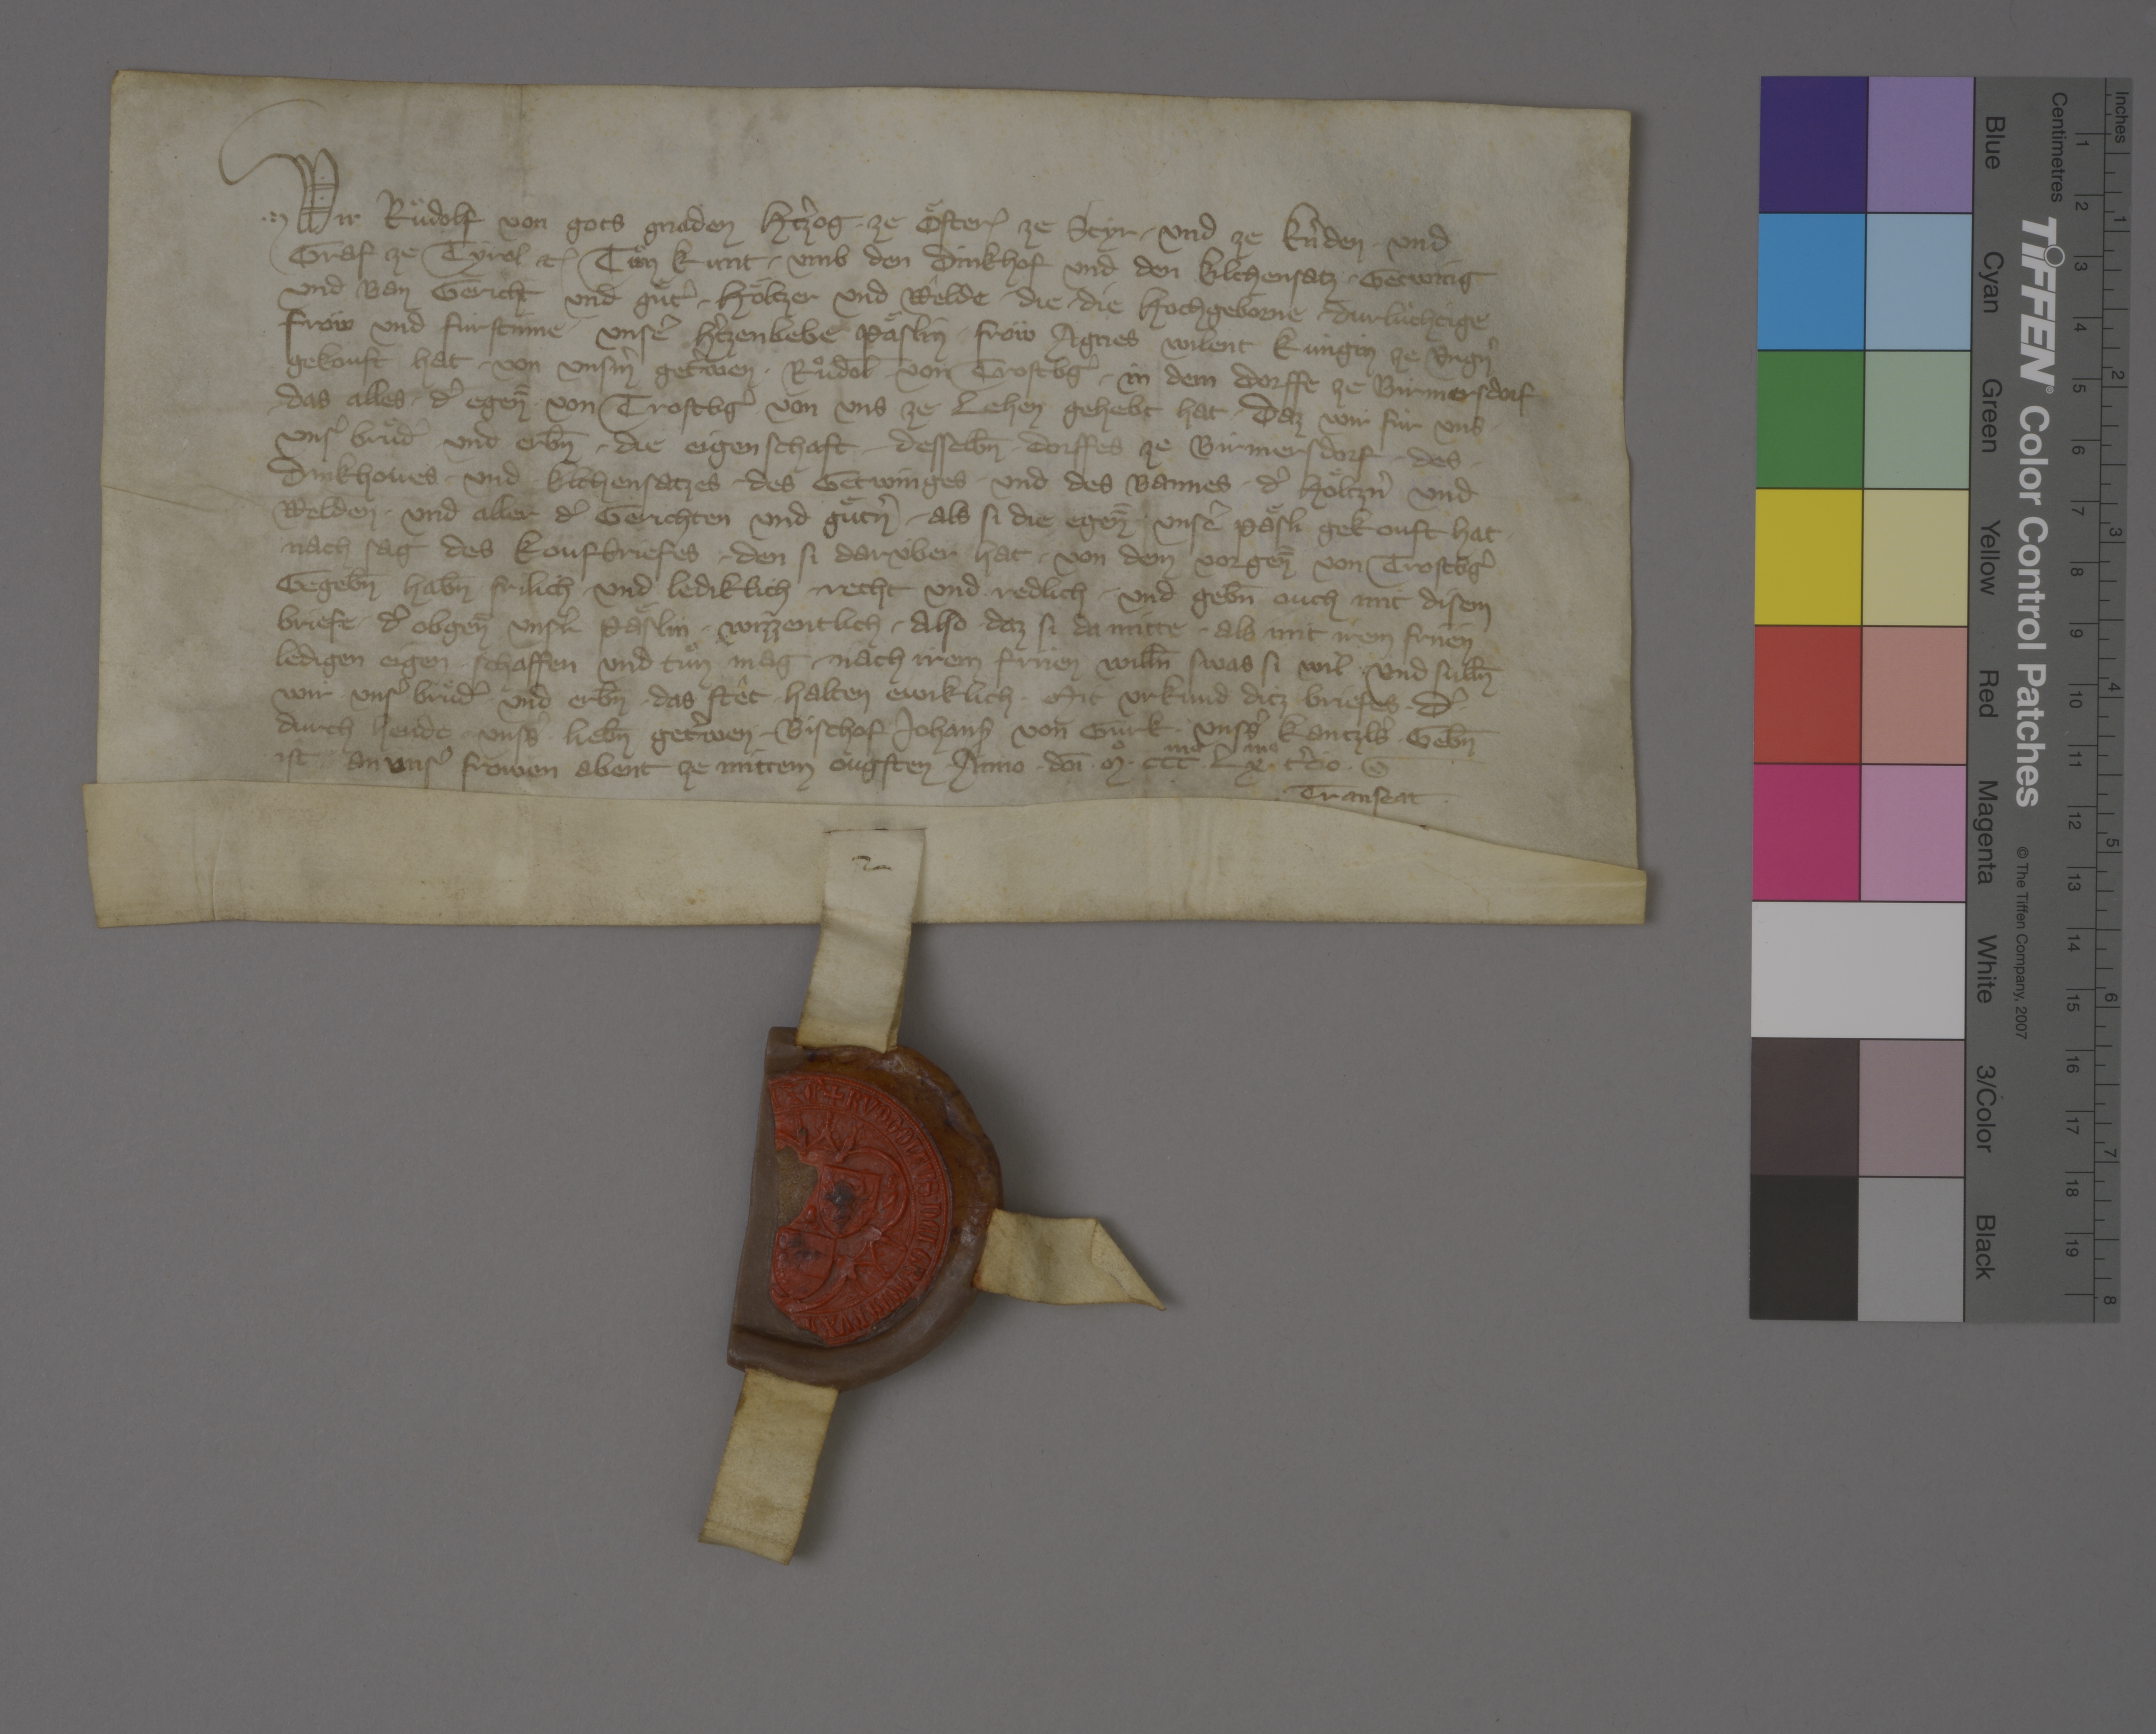
Transcription:
Wir, Ruͦdolf, von gots gnaden htzˀog ✳ ze Oͤster₎, ze Styr ✳ und Knˀden ✳ und
graf ze Tyrol ꝫꝭ, tuͦn kunt ✳ umb den dinkhof und den kilchensatz, ✳ getwing
und ban gericht, und guͤtˀ, ✳ hoͤltzer und wêlde, ✳ die ✳ die hochgeborne, ✳ durlùchtige
fröw und fùrstinne, ✳ unseˀ hˀtzenliebe paͤslin, fröw Agnes, wilent kùngin ze Ungnˀ,
gekouft hat ✳ von unsmˀ getˀwen ✳ Ruͦdol̄ von Trostbgˀ ✳ in dem dorffe ze Birmersdorf,
das alles ✳ dˀ egen̄̄ ✳ von Trostbgˀ von uns ze lehen gehebt hat, daz wir fùr uns, ✳
unsˀ bruͤdˀ ✳ und erbn̄ ✳ die eigenschaft ✳ desselb̄n ✳ dorffes ze Birmersdorf, ✳ des ✳
dinkhoves ✳ und ✳ kilchensatzes, ✳ des getwinges ✳ und des bannes, ✳ dˀ hoͤltzˀn und
welden, ✳ und aller dˀ gerichten und guͤtˀn, ✳ als si die egen̄̄ ✳ unseˀ paͤsli gekouft hat ✳
nach sag des koufbriefes, ✳ den si darùber hat, ✳ von dem vorgen̄̄ von Trostbgˀ,
gegeb̄n hab̄n frilich ✳ und lediklich, ✳ recht und redlich, ✳ und geb̄n ouch mit disem
briefe ✳ dˀ obgen̄̄ unsrˀ paͤslin ✳ wizzentlich ✳ also, ✳ daz si da mitte ✳ als mit irem friien,
ledigen eigen ✳ schaffen und tuͦn mag ✳ nach irem friien will̄n, swas si wil, und sull̄n
wir, unsˀ bruͤdˀ ✳ und erb̄n ✳ das stêt ✳ halten ewiklich. ✳ mit urkund ditz briefes, ✳ dˀ
durch hende unssˀ lieb̄n, getˀwen ✳ bischof Johans₎ von Gurk, unssˀ kantzlsˀ, geb̄n
ist ✳ an unsˀ frowen abent ze mittem ougsten, ✳ anno ✳ doī ✳ mͦ ✳ cccmo ✳ lxmo ✳ tˀcio. ✳
✳ transeat ✳